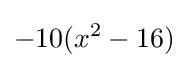
-10(x^{2}-16)